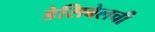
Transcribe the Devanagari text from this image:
डेसिबेलची